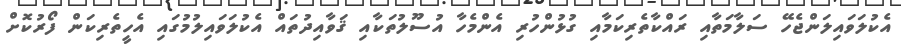
އެކުލަވައިލަންޖެހޭ ސަލާމަތާއި ރައްކާތެރިކަމާއި ގުޅުންހުރި އެންމެހާ އުސޫލުތަކާއި ޤަވާއިދުތައް އެކުލަވައިލުމުގައި އެހީތެރިކަން ފޯރުކޮށް